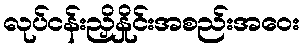
လုပ်ငန်းညှိနှိုင်းအစည်းအဝေး